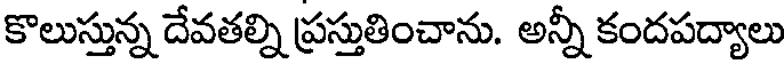
కొలుస్తున్న దేవతల్ని ప్రస్తుతించాను. అన్నీ కందపద్యాలు